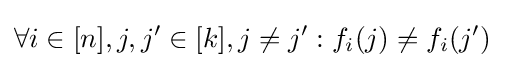
\forall i\in [n],j,j'\in [k],j\neq j':f_{i}(j)\neq f_{i}(j')